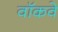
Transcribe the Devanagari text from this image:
वॉकवे